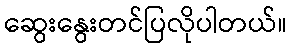
ဆွေးနွေးတင်ပြလိုပါတယ်။